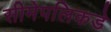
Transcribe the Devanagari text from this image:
सीमेपलिकडे